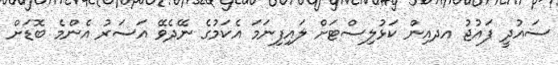
ސައުދީ ފައުޖު އދއިން ކަޅުލިސްޓަށް ލައިފިނަމަ އެކަމުގެ ނޭދެވޭ އަސަރު އެންމެ ބޮޑަށް